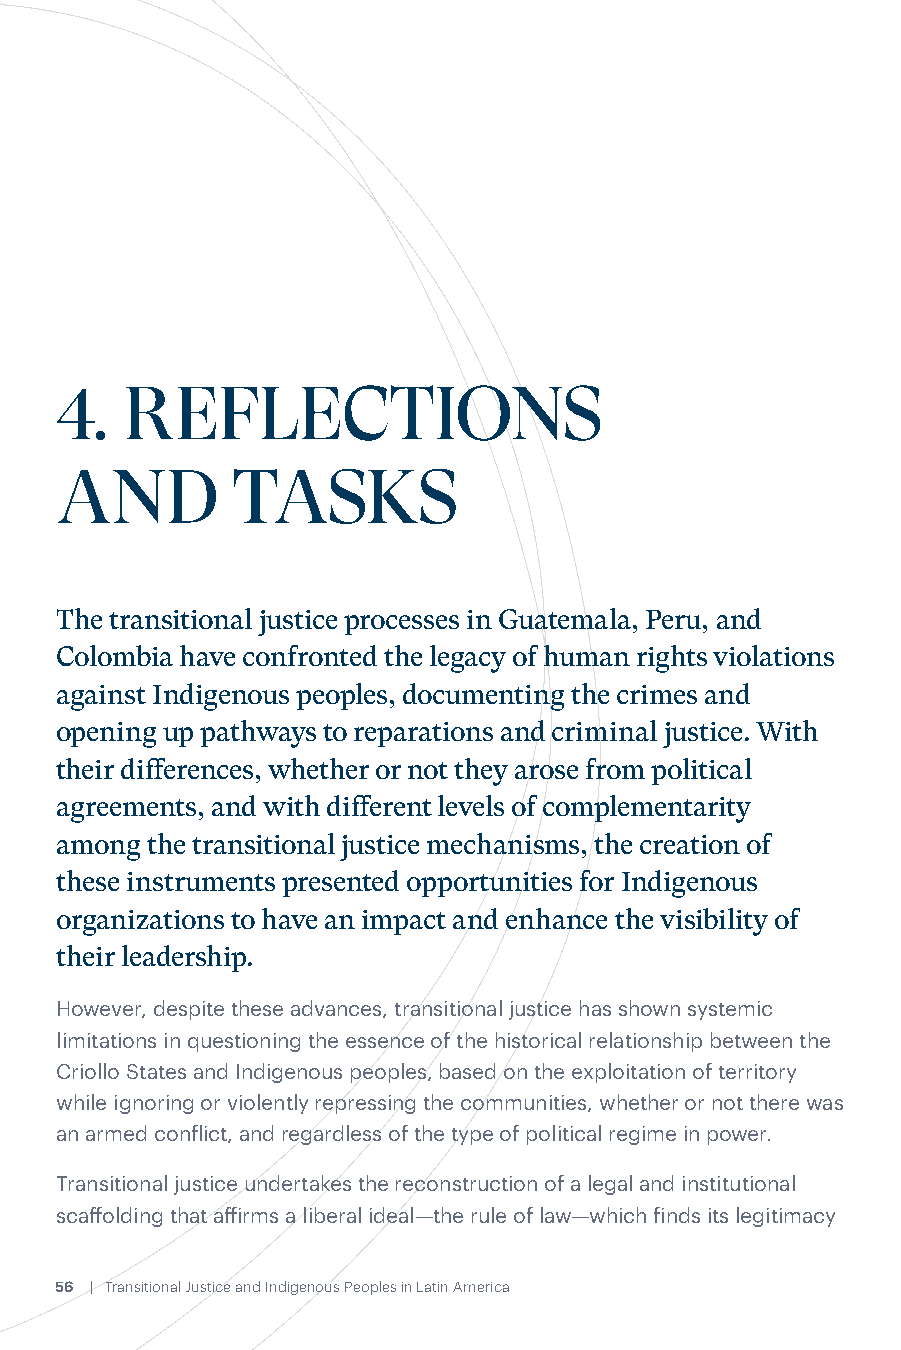
4.  REFLECTIONS
 AND        TASKS
 The transitional justice processes in Guatemala, Peru, and
 Colombia have confronted the legacy of human rights violations
 against Indigenous peoples, documenting the crimes and
 opening up pathways to reparations and criminal justice. With
 their differences, whether or not they arose from political
 agreements, and with different levels of complementarity
 among the transitional justice mechanisms, the creation of
 these instruments presented opportunities for Indigenous
 organizations to have an impact and enhance the visibility of
 their leadership.
 However, despite these advances, transitional justice has shown systemic
 limitations in questioning the essence of the historical relationship between the
 Criollo States and Indigenous peoples, based on the exploitation of territory
 while ignoring or violently repressing the communities, whether or not there was
 an armed conflict, and regardless of the type of political regime in power.
 Relatives of victims of the Guatemalan Civil War (1960-1996) during a ceremony
 Transitional justice undertakes the reconstruction of a legal and institutional
 commemorating the 10th Anniversary of the publication of the Truth Commission’s report,
 scaffolding that affirms a liberal ideal—the rule of law—which finds its legitimacy
 which held the Army responsible for 93% of the crimes committeed. (AP Photo/Rodrigo Abd)
 56 | Transitional Justice and Indigenous Peoples in Latin America                                  Reflections and tasks | 57